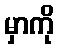
မှာကို